Lunatic asylums Central Provinces reports 1895-1909 - 1895-1909
Year: 1895
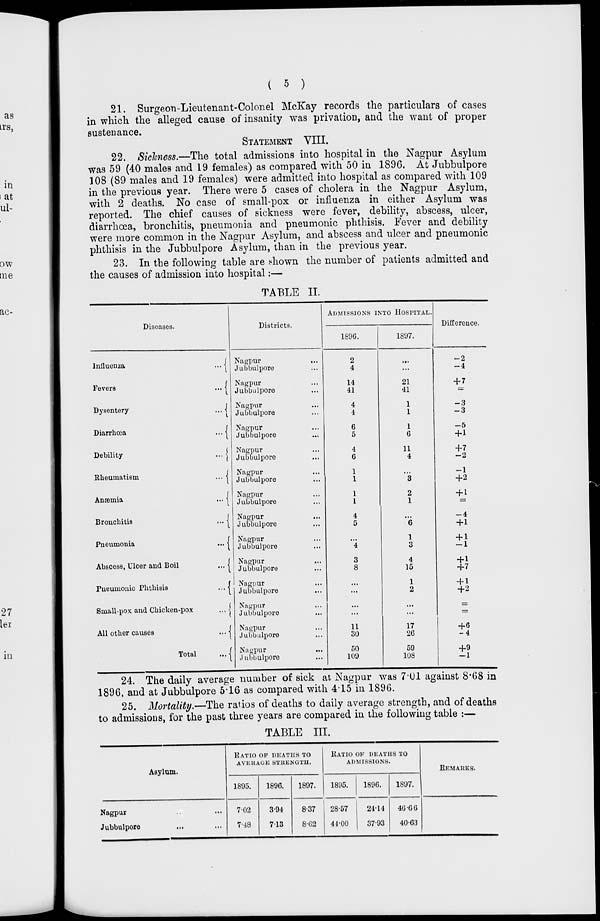
( 5 )
21. Surgeon-Lieutenant-Colonel McKay records the particulars of cases
in which the alleged cause of insanity was privation, and the want of proper
sustenance.
STATEMENT VIII.
22. Sickness.—The total admissions into hospital in the Nagpur Asylum
was 59 (40 males and 19 females) as compared with 50 in 1896. At Jubbulpore
108 (89 males and 19 females) were admitted into hospital as compared with 109
in the previous year. There were 5 cases of cholera in the Nagpur Asylum,
with 2 deaths. No case of small-pox or influenza in either Asylum was
reported. The chief causes of sickness were fever, debility, abscess, ulcer,
diarrhœa, bronchitis, pneumonia and pneumonic phthisis. Fever and debility
were more common in the Nagpur Asylum, and abscess and ulcer and pneumonic
phthisis in the Jubbulpore Asylum, than in the previous year.
23. In the following table are shown the number of patients admitted and
the causes of admission into hospital:—
TABLE II.
Diseases.
Influenza
...
Fevers
...
Dysentery
...
Diarrhœa
...
Debility
...
Rheumatism
...
Anæmia
...
Bronchitis
...
Pneumonia
...
Abscess, Ulcer and Boil
...
Pneumonic Phthisis
...
Small-pox and Chicken-pox
...
All other causes
...
Total
...
Districts.
Nagpur
...
Jubbulpore ...
Nagpur ...
Jubbulpore ...
Nagpur ...
Jubbulpore ...
Nagpur ...
Jubbulpore ...
Nagpur ...
Jubbulpore ...
Nagpur ...
Jubbulpore ...
Nagpur ...
Jubbulpore ...
Nagpur ...
Jubbulpore ...
Nagpur ...
Jubbulpore ...
Nagpur ...
Jubbulpore ...
Nagpur ...
Jubbulpore ...
Nagpur ...
Jubbulpore ...
Nagpur ...
Jubbulpore ...
Nagpur ...
Jubbulpore ...
ADMISSIONS INTO HOSPITAL.
1896.
2
4
14
41
4
4
6
5
4
6
1
1
1
1
4
5
...
4
3
8
...
...
...
...
11
30
50
109
1897.
...
...
21
41
1
1
1
6
11
4
...
3
2
1
...
6
1
3
4
15
1
2
...
...
17
26
59
108
Difference.
-2
-4
+ 7
=
-3
-3
-5
+1
+7
-2
-1
+2
+ 1
=
-4
+1
+ 1
-1
+1
+7
+ 1
+2
=
=
+6
-4
+9
-1
24. The daily average number of sick at Nagpur was 7.01 against 8.68 in
1896, and at Jubbulpore 5.16 as compared with 4.15 in 1896.
25. Mortality.—The ratios of deaths to daily average strength, and of deaths
to admissions, for the past three years are compared in the following table :—
TABLE III.
Asylum.
Nagpur ... ...
Jubbulpore ... ...
RATIO oF DEATHS TO
AVERAGE STRENGTH.
1895.
7.02
7.48
1896.
3.94
7.13
1897.
8.37
8.62
RATIO OF DEATHS TO
ADMISSIONS.
1895.
28.57
44.00
1896.
24.14
37.93
1897.
46.66
40.63
REMARKS.